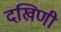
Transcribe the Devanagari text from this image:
दखिणी